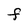
Character: F